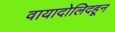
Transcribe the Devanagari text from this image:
वायादोलिदहून